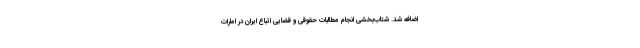
اضافه شد. شتاب‌بخشی انجام مطالبات حقوقی و قضایی اتباع ایران در امارات